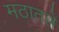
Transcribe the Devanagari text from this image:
मठातले